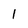
Character: 1